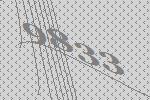
9833